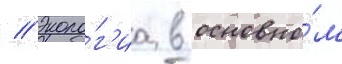
// Эколо́г'иа в основно́м